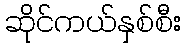
ဆိုင်ကယ်နှစ်စီး